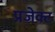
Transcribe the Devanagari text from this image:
प्रजेक्ट